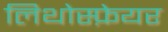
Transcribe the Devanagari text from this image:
लिथोस्फ़ेयर